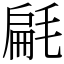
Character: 㲢